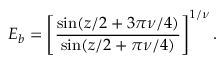
E _ { b } = \left[ \frac { \sin ( z / 2 + 3 \pi \nu / 4 ) } { \sin ( z / 2 + \pi \nu / 4 ) } \right] ^ { 1 / \nu } .